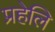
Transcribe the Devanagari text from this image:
प्रहेलि